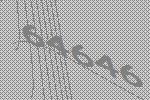
64646